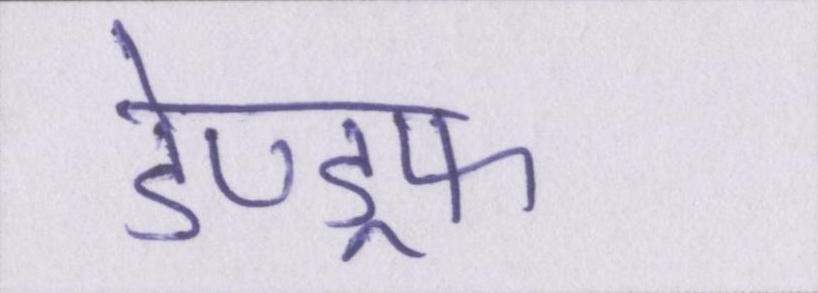
डेण्ड्रफ